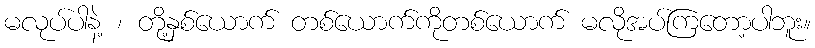
မလုပ်ပါနဲ့ ၊ တို့နှစ်ယောက် တစ်ယောက်ကိုတစ်ယောက် မလိုအပ်ကြတော့ပါဘူး။